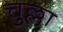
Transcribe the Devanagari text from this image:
चुल्ला